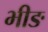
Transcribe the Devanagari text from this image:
भीङ